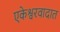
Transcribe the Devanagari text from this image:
एकेश्वरवादात